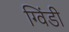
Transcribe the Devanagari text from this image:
ग्विंडी